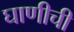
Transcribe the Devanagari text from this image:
घाणीची